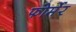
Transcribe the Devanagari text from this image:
फोर्मेर